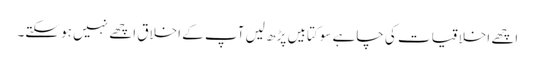
اچھے اخلاقیات کی چاہے سو کتابیں پڑھ لیں آپ کے اخلاق اچھے نہیں ہو سکتے۔